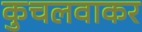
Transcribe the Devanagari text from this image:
कुचलवाकर